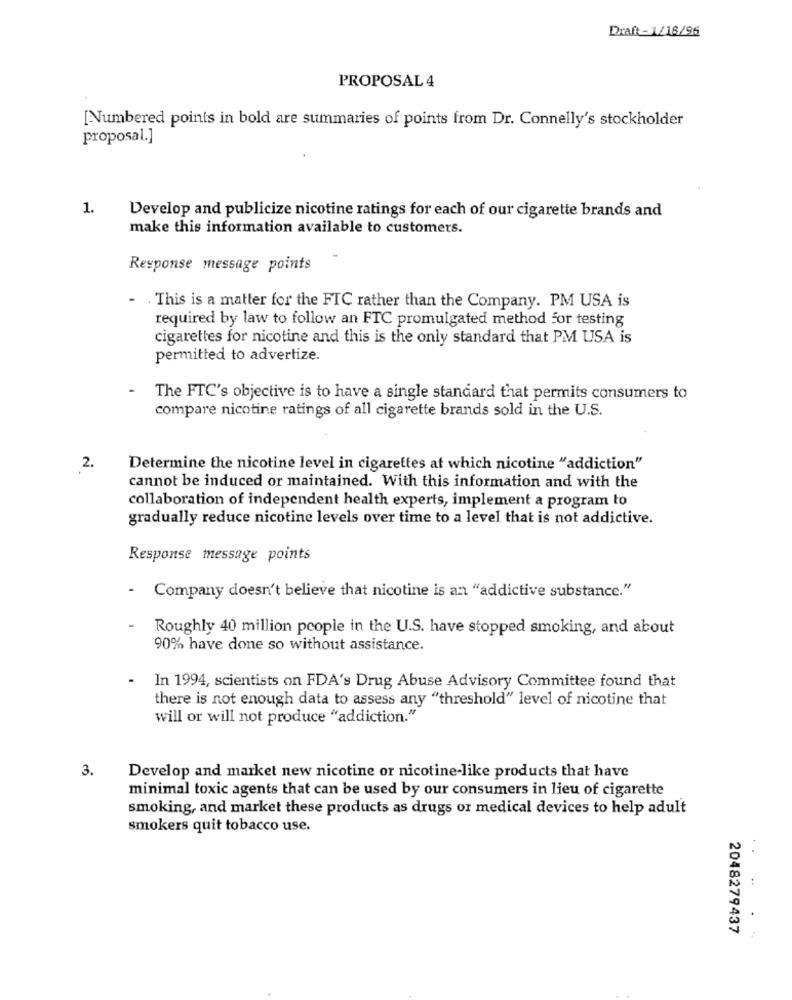
Draft- 1/18/96
PROPOSAL 4
[Numbered points in bold are summaries of points from Dr. Connelly's stockholder
proposal.]
1.
Develop and publicize nicotine ratings for each of our cigarette brands and
make this information available to customers.
Response message points
- . This is a matter for the FTC rather than the Company. PM USA is
required by law to follow an FTC promulgated method for testing
cigarettes for nicotine and this is the only standard that PM USA is
permitted to advertize.
The FTC's objective is to have a single standard that permits consumers to
compare nicotine ratings of all cigarette brands sold in the U.S.
2 .
Determine the nicotine level in cigarettes at which nicotine "addiction"
cannot be induced or maintained. With this information and with the
collaboration of independent health experts, implement a program to
gradually reduce nicotine levels over time to a level that is not addictive.
Response message points
- Company doesn't believe that nicotine is an "addictive substance."
Roughly 40 million people in the U.S. have stopped smoking, and about
90% have done so without assistance.
In 1994, scientists on FDA's Drug Abuse Advisory Committee found that
there is not enough data to assess any "threshold" level of nicotine that
will or will not produce "addiction."
3.
Develop and market new nicotine or nicotine-like products that have
minimal toxic agents that can be used by our consumers in lieu of cigarette
smoking, and market these products as drugs or medical devices to help adult
smokers quit tobacco use.
..
2048279437
. ..